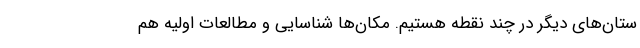
ستان‌های دیگر در چند نقطه هستیم. مکان‌ها شناسایی و مطالعات اولیه هم